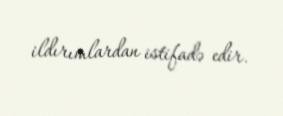
ildırımlardan istifadə edir.